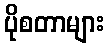
ပိုစတာများ